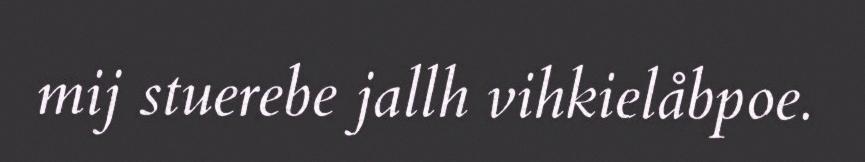
mij stuerebe jallh vihkielåbpoe.